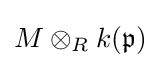
M\otimes _{R}k({\mathfrak {p}})